Vaccination in the Punjab 1867-1880 - 1867-1880
Year: 1867
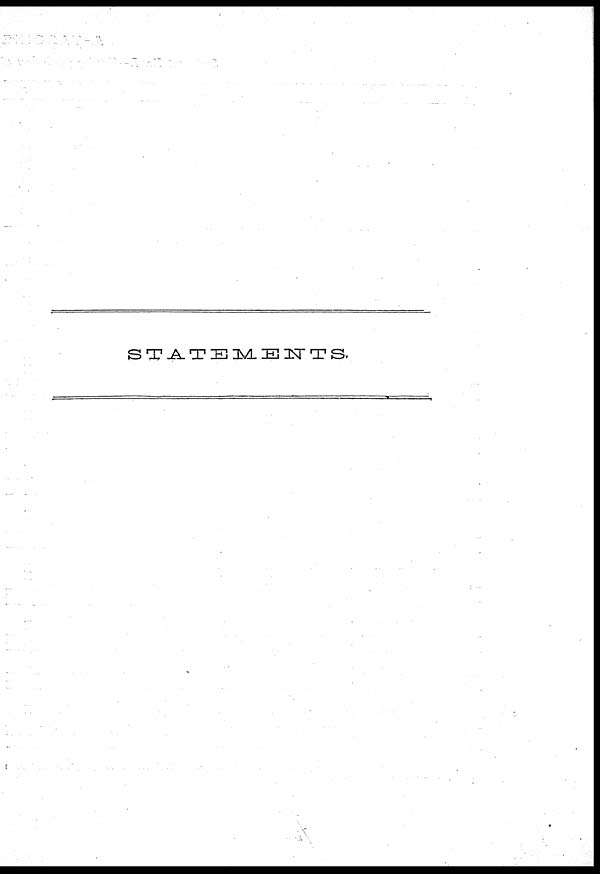
STATEMENTS